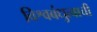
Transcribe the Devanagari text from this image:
विश्वबंधुत्वाची